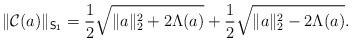
LaTeX: \begin{align*}\|\mathcal{C}(a)\|_{\mathsf{S_1}}=\frac12\sqrt{\|a\|_2^2+2\Lambda(a)}+\frac12\sqrt{\|a\|_2^2-2\Lambda(a)}.\end{align*}